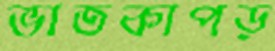
ভাতকাপড়